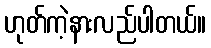
ဟုတ်ကဲ့နားလည်ပါတယ်။